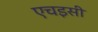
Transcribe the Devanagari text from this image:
एचइसी